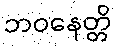
ဘဝနေတ္တိ